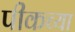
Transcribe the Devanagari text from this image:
पीकच्या